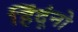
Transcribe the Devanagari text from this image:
हिंदूंनो